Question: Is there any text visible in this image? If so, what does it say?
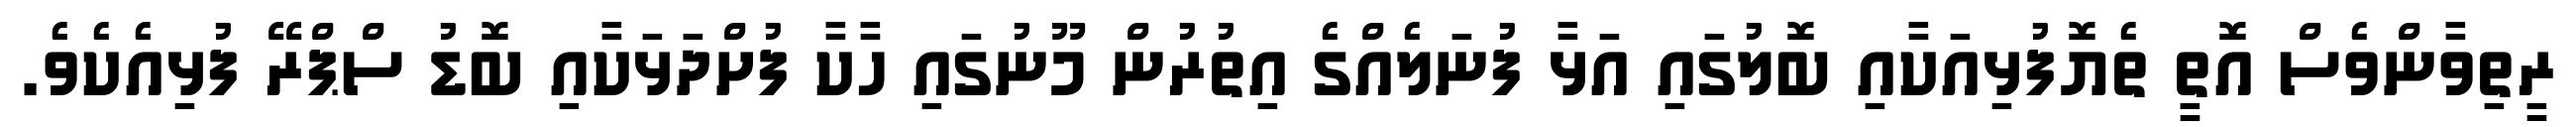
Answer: ރީތިވާންވެސް އޮތީ ތެޔޮފުޅިއަކާއި ބޮލުގައި އަޅާ ފުނަލެއްގެ އިތުރުން މޫނުގައި ހާކާ ފުށްދަޅަކާއި ބޮޑު ސްޕްރޭ ފުޅިއެކެވެ.